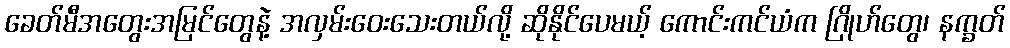
ခေတ်မီအတွေးအမြင်တွေနဲ့ အလှမ်းဝေးသေးတယ်လို့ ဆိုနိုင်ပေမယ့် ကောင်းကင်ယံက ဂြိုဟ်တွေ၊ နက္ခတ်